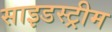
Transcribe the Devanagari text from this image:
साइडस्ट्रीम